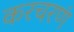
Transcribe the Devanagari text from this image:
करचरणं